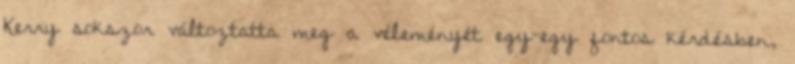
Kerry sokszor változtatta meg a véleményét egy-egy fontos kérdésben,